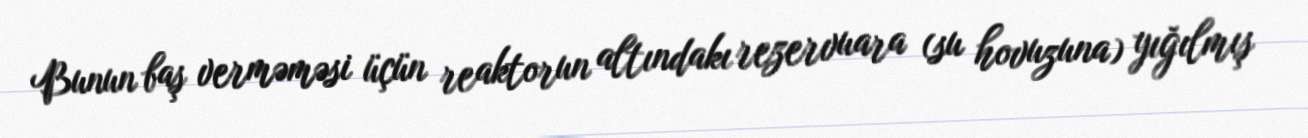
Bunun baş verməməsi üçün reaktorun altındakı rezervuara (su hovuzuna) yığılmış